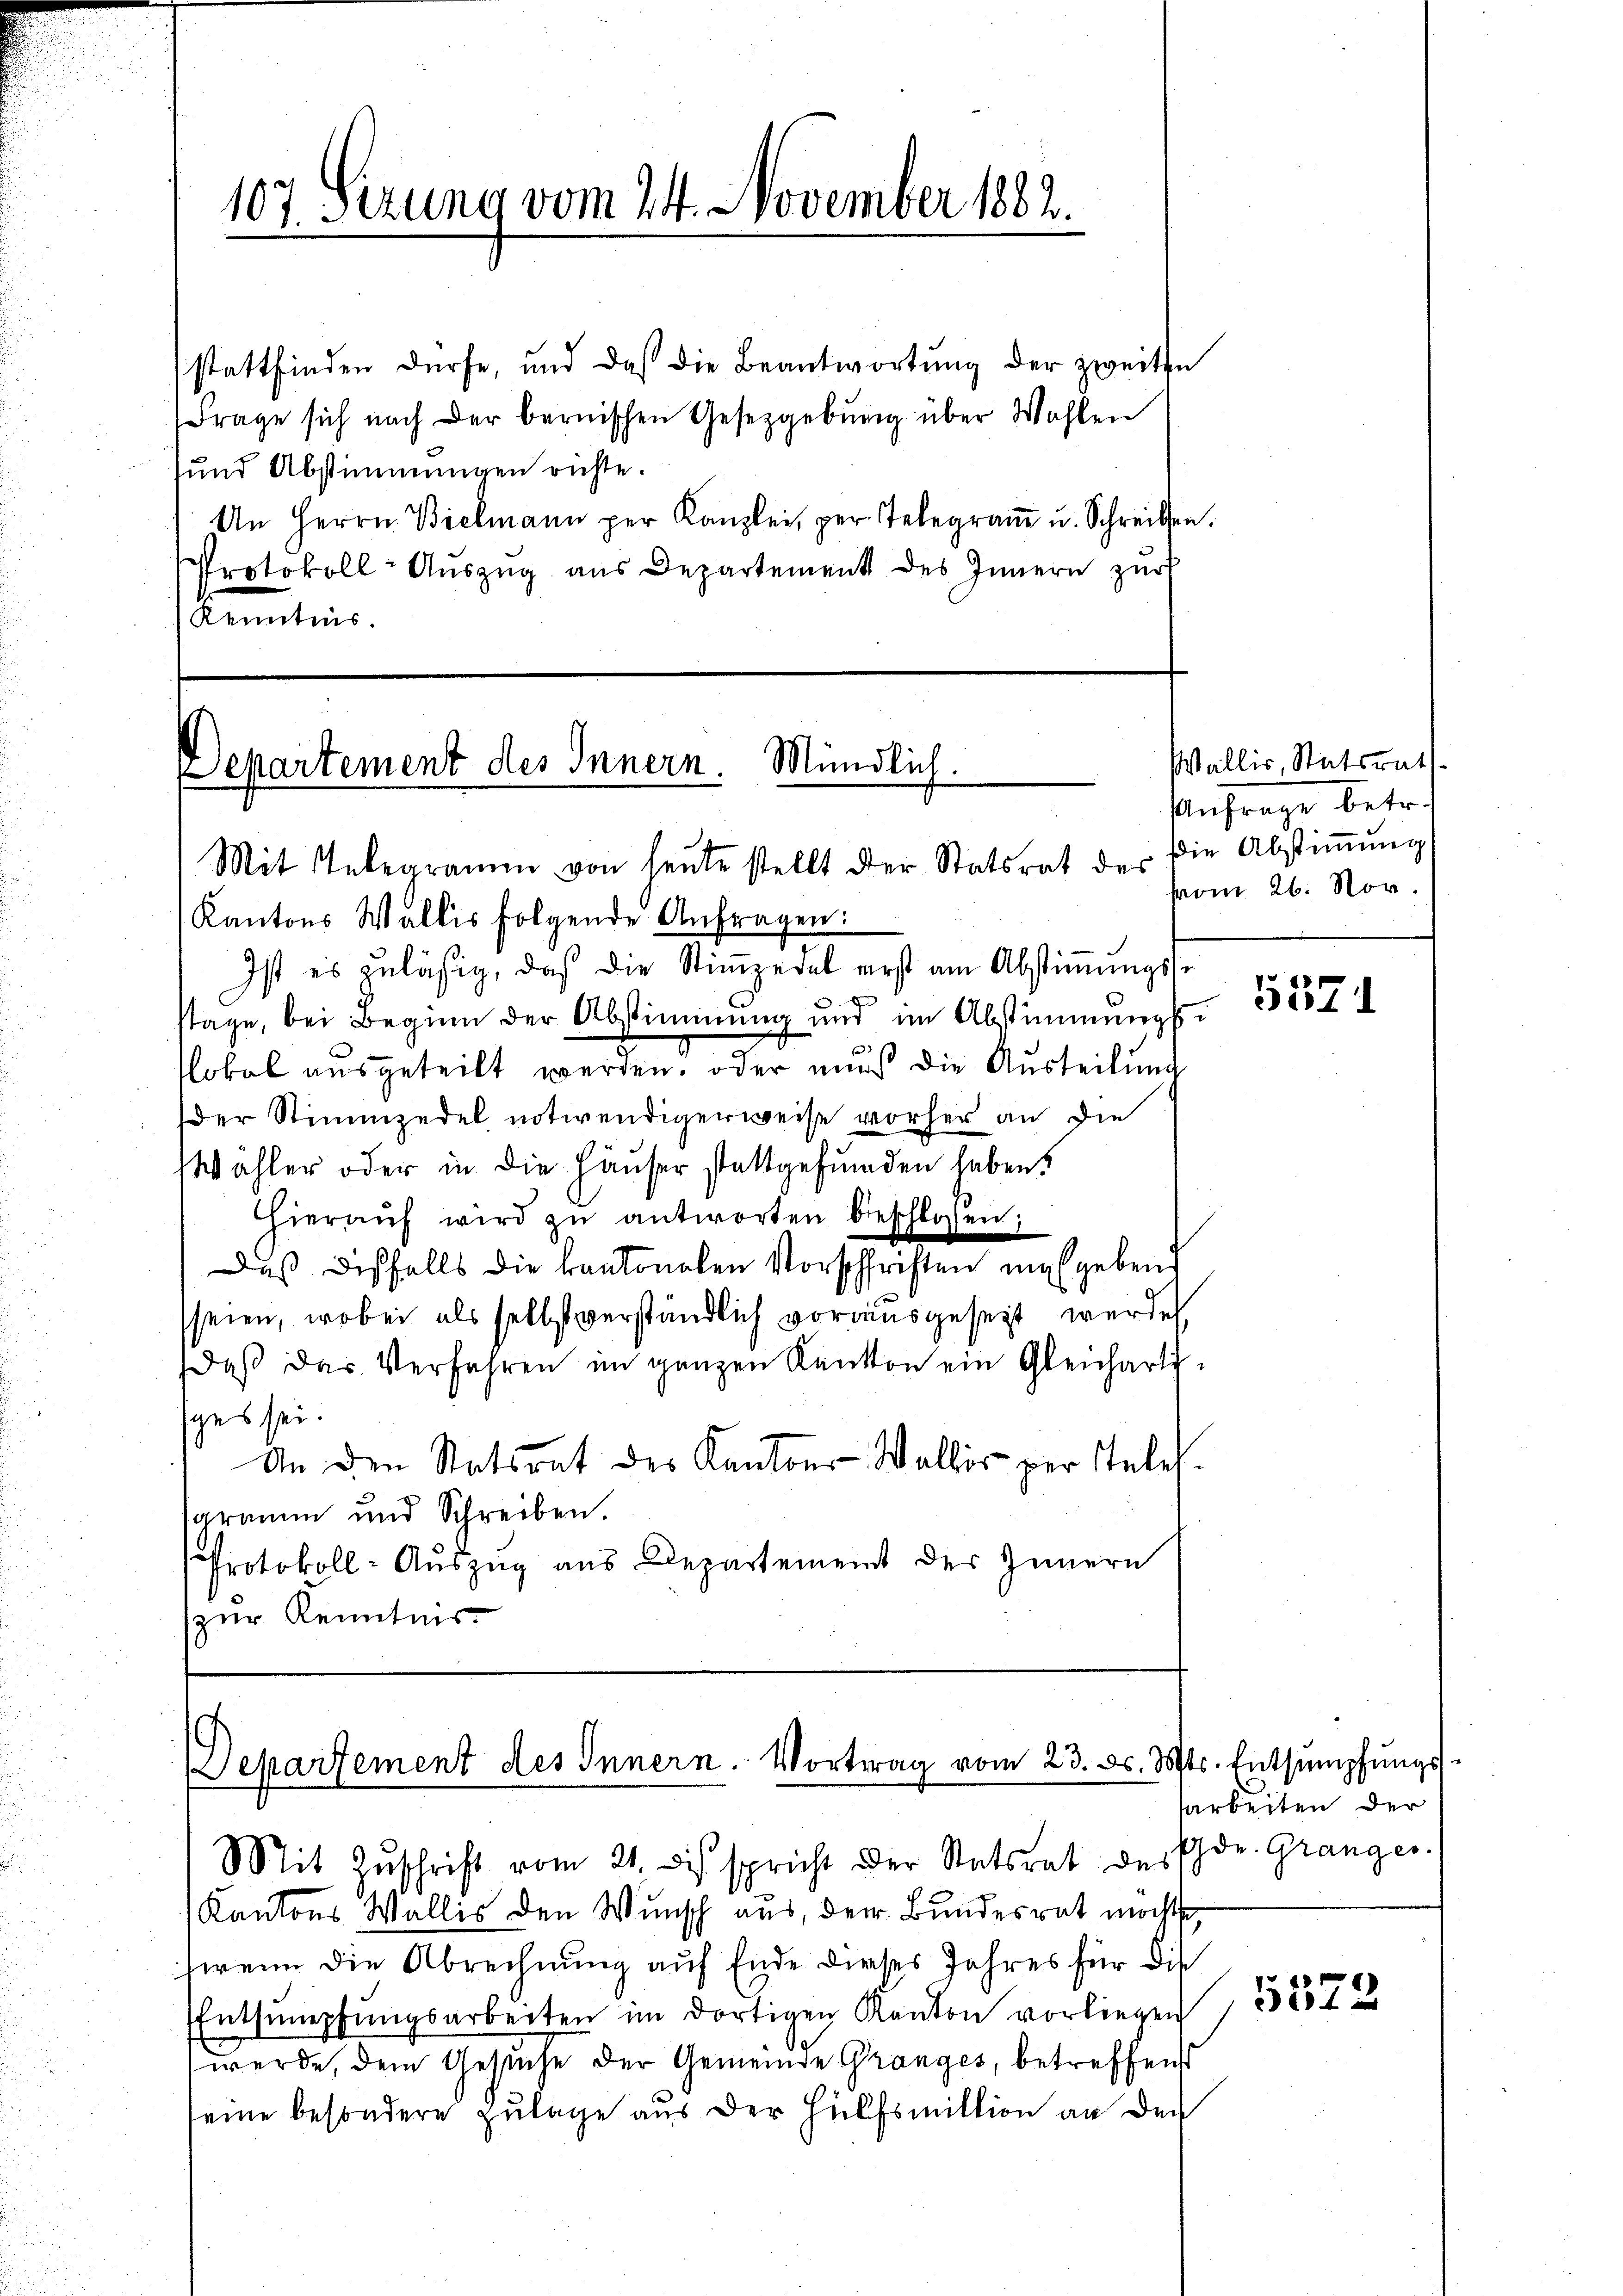
107. Sezung vom 24. November 1882.

stattfinden dürfe, und daß die Beantwortŭng der zweiten
Frage sich nach der bernischen Gesetzgebung über Wahlen
sund Abstimmungen richte.
An Herrn Bielmann per Kanzlei, per Telegraŭ u. Schreiben.
Protokoll-Auszug aus Departement des Innern zur
Kenntnis.

Departement des Innern. Mündlich.
Mit Inbegramm von heute stellt der Statsrat der die Abstiṁŭng

Departement des Innern. Vortrag vom 23. d. Mts. Entsumpfungs
Mit Zŭschrift vom 21. di spricht der Statsrat der Ehe. Granges.

Kantons Wallis folgende Anfragen:
Ist es zulässig, daß die Stiṁzedel erst am Abstiṁŭngs-
stage, bei Beginn der Abstimmung und im Abstimmungsslokal ausgeteilt werden, oder mens die Austeilung
der Stimmzedel notwendigerweise vorher an die
Wahler oder in die Häuser stattgefunden haben.
hieraŭf wird zŭ antworten beschlossen:
Daß Ddisfalls die kantonalen Vorschriften mitgebend
seien, wobei als selbst verständlich vorausgesezt werde
daβ das Verfahren im ganzen Kanton ein Gleicharti
ges sei.
An den Statsrat des Kantons Wallis per Teles
gramm und Schreiben.
Protokoll-Auszug aus Departement des Innern
zur Kenntnis.

Wallis, Statsrath
Anfrage betr.
vom 26. Nov.

Kantons Wallis den Wunsch aus, der Bundesrat möchte
wenn die Abrechnung auf Ende dieses Jahres für die
Entsumpfŭngsarbeiten im dortigen Kanton vorliegen
werde, dem Gesuche der Gemeinde Granges, betreffend
eine besondere Zulage aus der Hülfsmittion an den

5571

sarbeiten der

5572